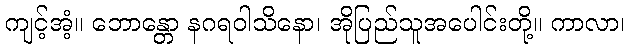
ကျင့်အံ့။ ဘောန္တော နဂရဝါသိနော၊ အိုပြည်သူအပေါင်းတို့။ ကာလာ၊